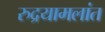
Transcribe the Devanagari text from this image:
रुद्रयामलांत